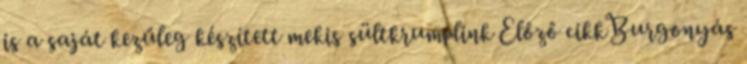
is a saját kezűleg készített mekis sültkrumplink Előző cikkBurgonyás